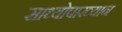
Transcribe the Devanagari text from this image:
साध्योपाख्यान